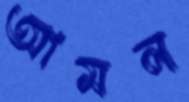
আমল